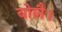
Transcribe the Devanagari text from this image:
बोलै।